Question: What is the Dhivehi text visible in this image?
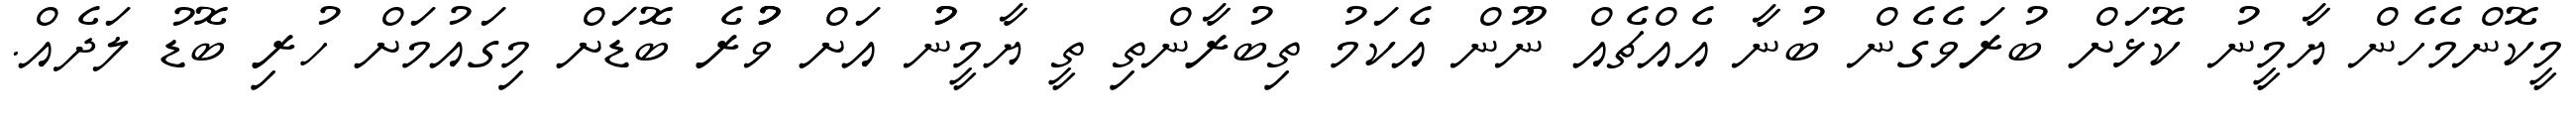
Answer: މީކޮންމެހެން ޔާމީނު ކޮޅަށް ބުރަވެގެން ބުނާ އެއްޗެއް ނޫން އެކަމު ތިބުރާންތި ތީ ޔާމީނުު އަށް ވުުުރެ ބޮޑަށް މިގައުމަށް ހުރި ބޮޑު ލަދެއް.